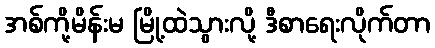
အစ်ကို့မိန်းမ မြို့ထဲသွားလို့ ဒီစာရေးလိုက်တာ